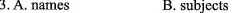
3.A. Names B. subjects